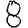
Digit: 8